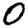
Digit: 0